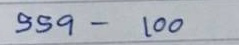
559 - 100